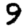
Digit: 9